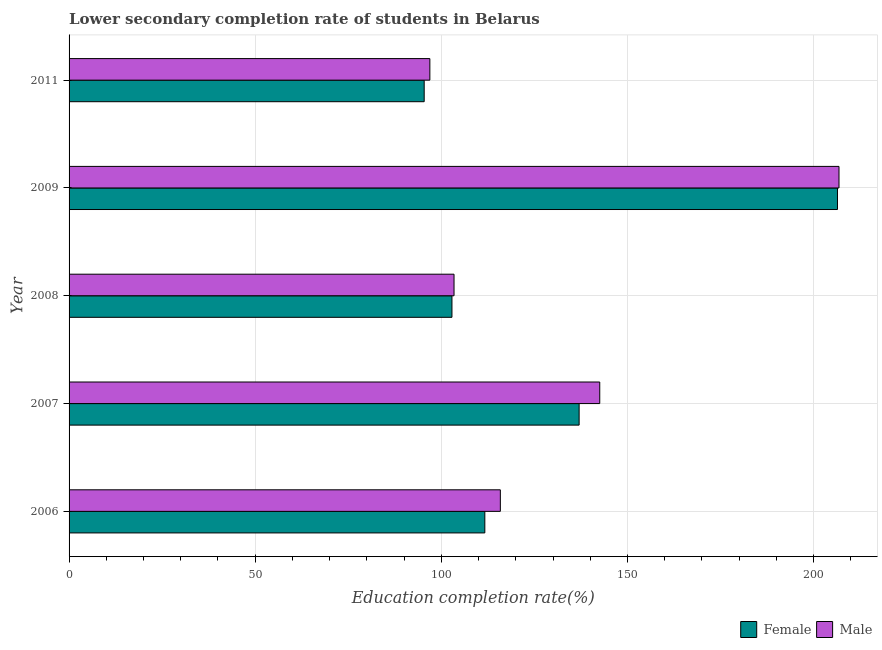
| Year | Female | Male |
 | --- | --- | --- |
 | 2006 | 112 | 116 |
 | 2007 | 137 | 143 |
 | 2008 | 103 | 103 |
 | 2009 | 206 | 207 |
 | 2011 | 95.4 | 96.9 |